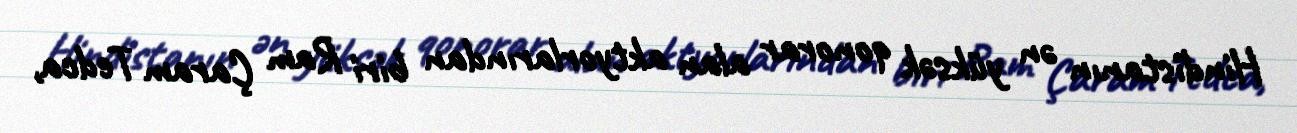
Hindistanın ən yüksək qonorar alan aktyorlarından biri Ram Çaram Tedca,